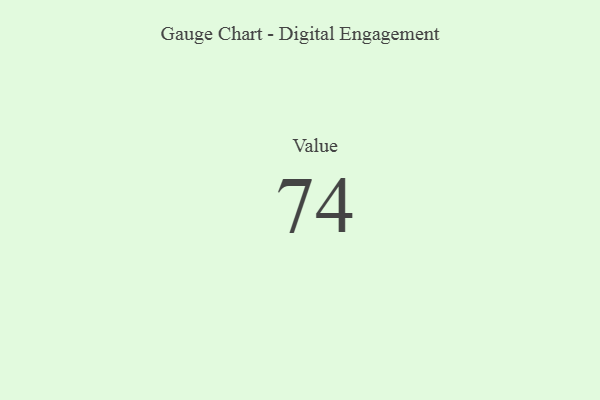
{"axis": {"x": "Metric", "y": "Value"}, "legend": [""], "data": [{"x": "Value", "y": 74, "type": ""}]}